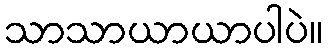
သာသာယာယာပါပဲ။